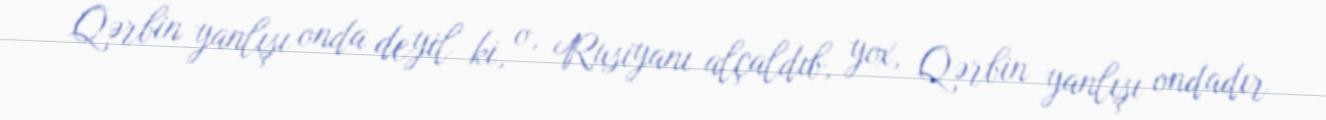
Qərbin yanlışı onda deyil ki, o, Rusiyanı alçaldıb, yox, Qərbin yanlışı ondadır